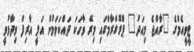
ޓީވީއެމްގެ "ރާއްޖެ މިއަދު" ޕްރޮގްރާމްގައި މިރޭ ވާހަކަ ދައްކަވަމުން އަލީ އާރިފް ވިދާޅުވީ